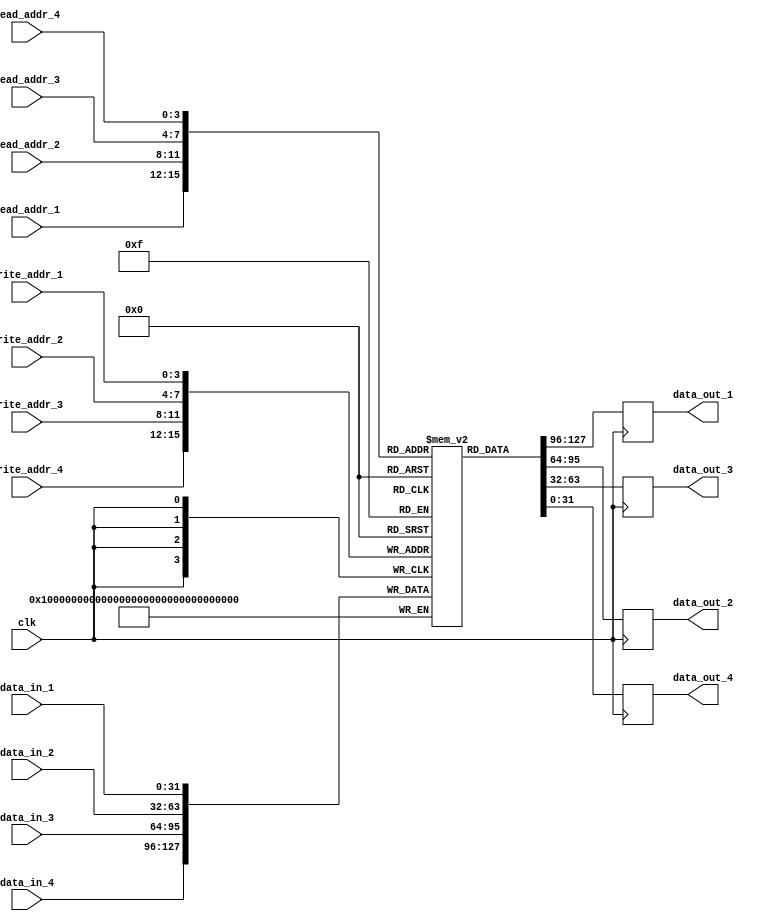
module quad_port_register_file (
    input wire clk,
    input wire [3:0] read_addr_1,
    input wire [3:0] read_addr_2,
    input wire [3:0] read_addr_3,
    input wire [3:0] read_addr_4,
    output reg [31:0] data_out_1,
    output reg [31:0] data_out_2,
    output reg [31:0] data_out_3,
    output reg [31:0] data_out_4,
    input wire [3:0] write_addr_1,
    input wire [3:0] write_addr_2,
    input wire [3:0] write_addr_3,
    input wire [3:0] write_addr_4,
    input wire [31:0] data_in_1,
    input wire [31:0] data_in_2,
    input wire [31:0] data_in_3,
    input wire [31:0] data_in_4
);

reg [31:0] memory [15:0];

always @(posedge clk) begin
    data_out_1 <= memory[read_addr_1];
    data_out_2 <= memory[read_addr_2];
    data_out_3 <= memory[read_addr_3];
    data_out_4 <= memory[read_addr_4];
    
    memory[write_addr_1] <= data_in_1;
    memory[write_addr_2] <= data_in_2;
    memory[write_addr_3] <= data_in_3;
    memory[write_addr_4] <= data_in_4;
end

endmodule